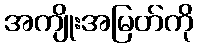
အကျိုးအမြတ်ကို